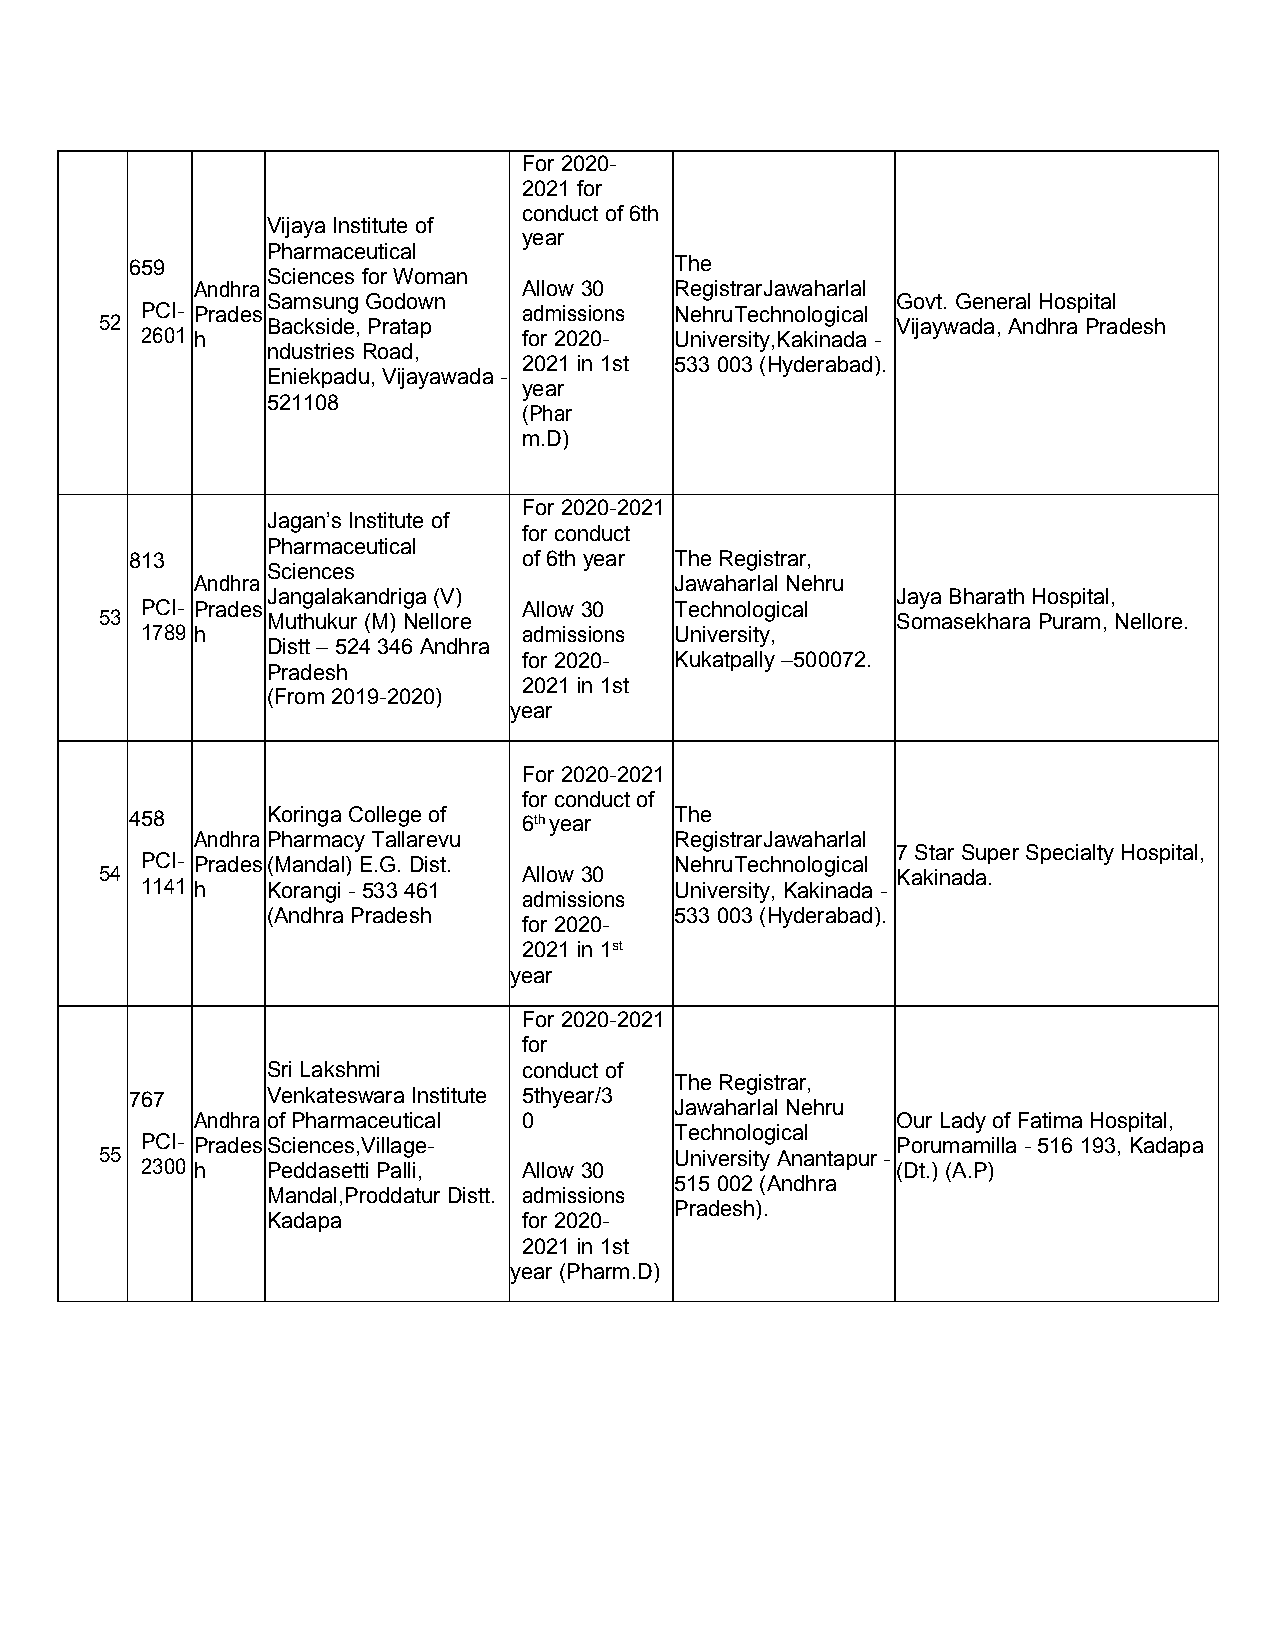
For 2020-
 2021 for
 conductof6th
 Vijaya Institute of
 year
 Pharmaceutical
 659                                 The
 Sciences forWoman
 Andhra                Allow 30  RegistrarJawaharlal
 SamsungGodown                            Govt. GeneralHospital
 PCI- Prades               admissions NehruTechnological
 52         Backside,Pratap                          Vijaywada,Andhra Pradesh
 2601 h                    for 2020- University,Kakinada -
 ndustries Road,
 2021 in 1st 533003 (Hyderabad).
 Eniekpadu,Vijayawada-
 year
 521108
 (Phar
 m.D)
 For 2020-2021
 Jagan’sInstitute of
 for conduct
 Pharmaceutical
 813                       of6th year TheRegistrar,
 Sciences
 Andhra                          Jawaharlal Nehru
 Jangalakandriga(V)                       Jaya Bharath Hospital,
 PCI- Prades               Allow 30  Technological
 53         Muthukur(M) Nellore                      Somasekhara Puram,Nellore.
 1789 h                    admissions University,
 Distt–524346Andhra
 for 2020- Kukatpally –500072.
 Pradesh
 2021 in 1st
 (From2019-2020)
 year
 For 2020-2021
 for conductof
 458      KoringaCollegeof 6thyear   The
 Andhra PharmacyTallarevu        RegistrarJawaharlal
 7Star Super SpecialtyHospital,
 PCI- Prades(Mandal) E.G.Dist.       NehruTechnological
 54                          Allow 30                Kakinada.
 1141 h   Korangi- 533461            University, Kakinada-
 admissions
 (AndhraPradesh             533003 (Hyderabad).
 for 2020-
 2021 in 1st
 year
 For 2020-2021
 for
 SriLakshmi       conductof
 TheRegistrar,
 767      VenkateswaraInstitute 5thyear/3
 Jawaharlal Nehru
 Andhra ofPharmaceutical 0                     Our Lady ofFatimaHospital,
 Technological
 PCI- PradesSciences,Village-                      Porumamilla -516 193,Kadapa
 55                                    University Anantapur -
 2300 h   PeddasettiPalli, Allow 30                (Dt.) (A.P)
 515002 (Andhra
 Mandal,ProddaturDistt. admissions
 Pradesh).
 Kadapa           for 2020-
 2021 in 1st
 year (Pharm.D)